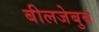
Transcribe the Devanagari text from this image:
बीलजेबुब